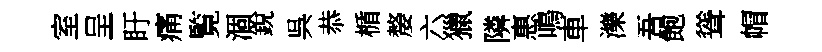
室呈盱痛覧涸銳呉恭楯嫠六獵隣惠鳴車濼吾飽聳帽